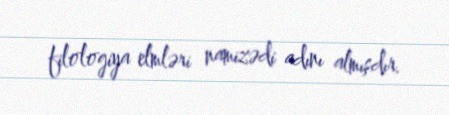
filologiya elmləri namizədi adını almışdır.